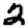
Digit: 2